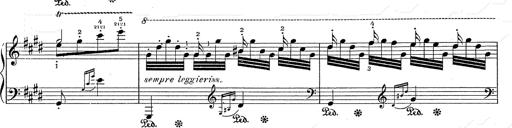
Title: Hungarian Rhapsody No.2
Composer: Franz Liszt
Key: C-sharp minor